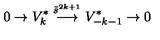
0 \rightarrow V _ { k } ^ { * } \stackrel { \tilde { s } ^ { 2 k + 1 } } { \longrightarrow } V _ { - k - 1 } ^ { * } \rightarrow 0